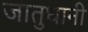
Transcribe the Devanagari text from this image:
जातुधानी